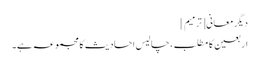
دیگر معانی[ترمیم]
اربعین کا مطلب، چالیس احادیث کا مجموعہ ہے۔